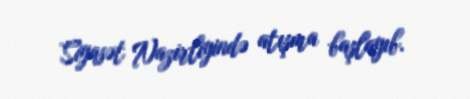
Siyasət Nazirliyində atışma başlayıb.